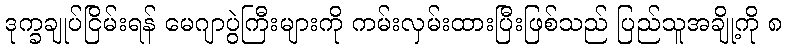
ဒုက္ခချုပ်ငြိမ်းရန် မေဂျာပွဲကြီးများကို ကမ်းလှမ်းထားပြီးဖြစ်သည် ပြည်သူအချို့ကို ၈